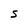
Character: S